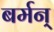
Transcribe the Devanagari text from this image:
बर्मन्